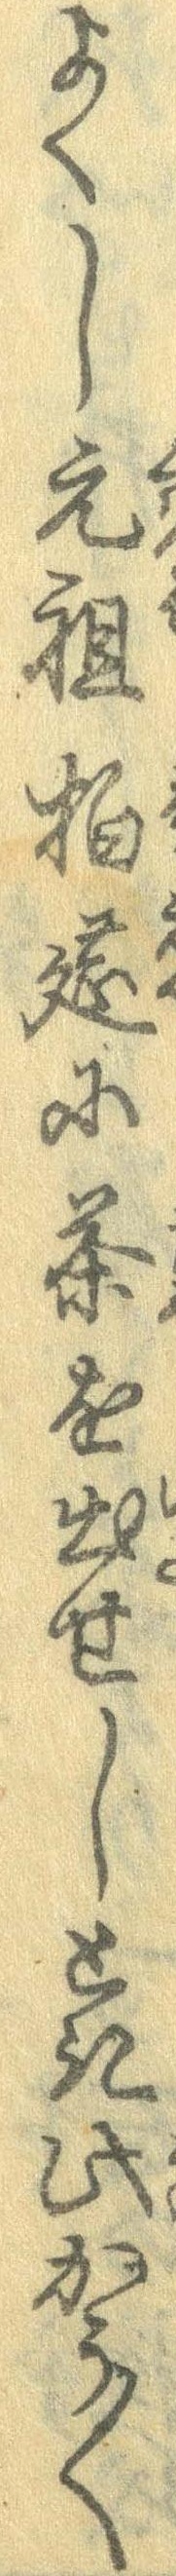
よくし元祖拍遠に茶を出せしとき此かう〱